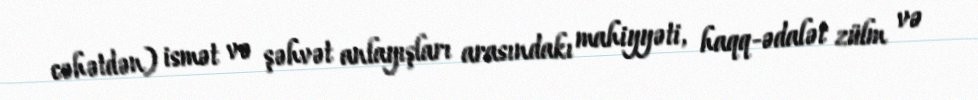
cəhətdən) ismət və şəhvət anlayışları arasındakı mahiyyəti, haqq-ədalət zülm və